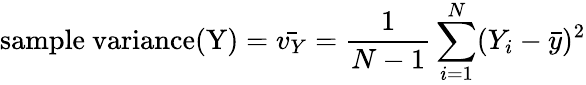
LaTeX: {\mathrm{sample~variance(Y)}}={\bar{v_{Y}}}={\frac{1}{N-1}}\sum_{i=1}^{N}(Y_{i}-{\bar{y}})^{2}